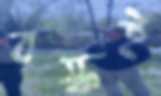
বস্কই